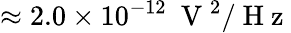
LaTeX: \approx 2.0\times 10^{-12}~\mathrm{~V~}^{2}/\mathrm{~H~z~}